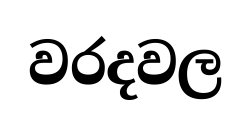
වරදවල